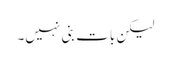
لیکن بات بنی نہیں۔